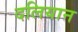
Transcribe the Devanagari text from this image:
दलियान